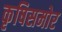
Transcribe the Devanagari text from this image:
कृषिसमोर